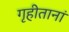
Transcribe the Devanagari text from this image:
गृहीतानां